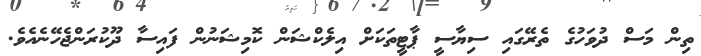
ތިން މަސް ދުވަހުގެ ތެރޭގައި ސިޔާސީ ޕާޓީތަކަށް އިލެކްޝަން ކޮމިޝަނުން ފައިސާ ދޫކުރަންޖެހޭނެއެވެ.